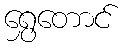
ရွှေတောင်